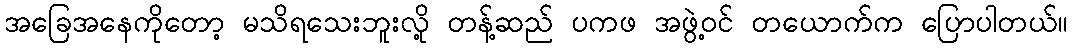
အခြေအနေကိုတော့ မသိရသေးဘူးလို့ တန့်ဆည် ပကဖ အဖွဲ့ဝင် တယောက်က ပြောပါတယ်။